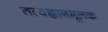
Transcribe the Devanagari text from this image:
तत्वज्ञानमूलक